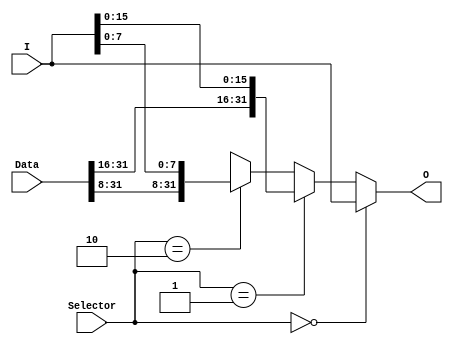
// sobrescreve parte dos dados recebidos na memria.


module WD_Control (
    output wire [31:0] O,
    input  wire [31:0] I,
    input  wire [31:0] Data,
    input  wire [1:0]  Selector
);

    assign O = (Selector == 2'b00) ?                      I: // Word
               (Selector == 2'b01) ? {Data[31:16], I[15:0]}: // Halfword
               (Selector == 2'b10) ?   {Data[31:8], I[7:0]}: // Byte
                                                      32'bx;

endmodule